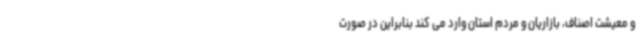
و معیشت اصناف، بازاریان و مردم استان وارد می کند بنابراین در صورت